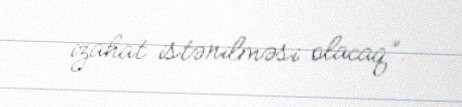
izahat istənilməsi olacaq”.